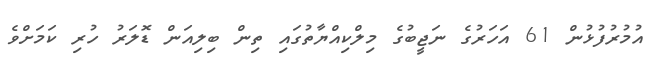
އުމުރުފުޅުން 61 އަހަރުގެ ނަޖީބުގެ މިލްކިއްޔާތުގައި ތިން ބިލިއަން ޑޮލަރު ހުރި ކަމަށްވެ